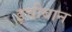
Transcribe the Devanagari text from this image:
इचीबान